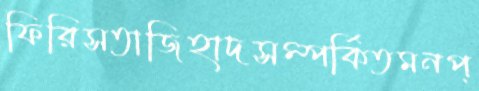
ফিরিসতাজিহাদসম্পর্কিতমনপ্